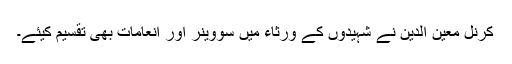
کرنل معین الدین نے شہیدوں کے ورثاء میں سووینر اور انعامات بھی تقسیم کیئے۔